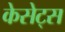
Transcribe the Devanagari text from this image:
केसेट्स